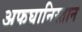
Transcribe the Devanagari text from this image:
अफघानिस्तान